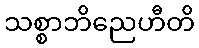
သစ္စာဘိညေဟီတိ